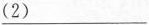
\underline{（2）}___